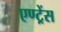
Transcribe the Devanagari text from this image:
एण्ट्रेंस